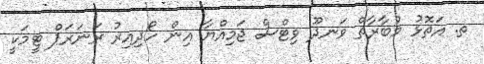
ތ. އަތޮޅު މުބާރާތް ވަނދޫ ވިޓްސް ޖަމިއްޔާ އިން ހޯދިއިރު ރަނަރަޕް ޓީމަކީ